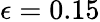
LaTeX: \epsilon=0.15